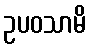
ဥပဝသာမိ